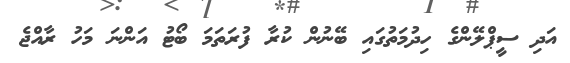
އަދި ސީޕްލޭންގެ ހިދުމަތުގައި ބޭނުން ކުރާ ފުރަތަމަ ބޯޓު އަންނަ މަހު ރާއްޖެ